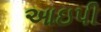
આઇપી